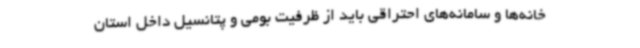
خانه‌ها و سامانه‌های احتراقی باید از ظرفیت بومی و پتانسیل داخل استان